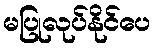
မပြုလုပ်နိုင်ပေ